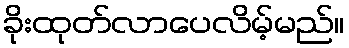
ခိုးထုတ်လာပေလိမ့်မည်။